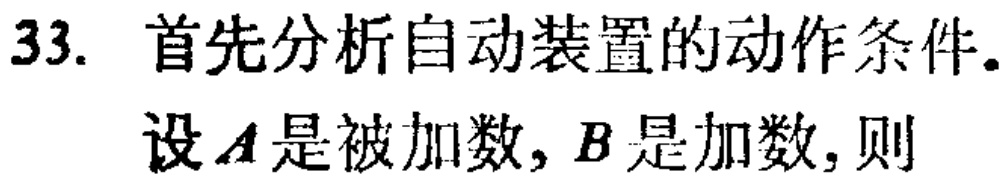
33. 首先分析自动装置的动作条件.

设\(A\)是被加数, \(B\)是加数, 则